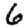
Digit: 6